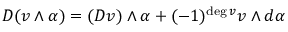
D ( v \wedge \alpha ) = ( D v ) \wedge \alpha + ( - 1 ) ^ { { \mathrm { d e g } } \, v } v \wedge d \alpha